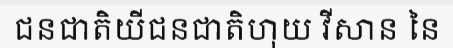
ជនជាតិយីជនជាតិហុយ វីសាន នៃ